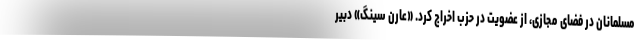
مسلمانان در فضای مجازی، از عضویت در حزب اخراج کرد. «عارن سینگ» دبیر